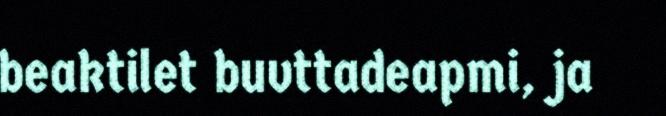
beaktilet buvttadeapmi, ja